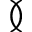
\between